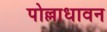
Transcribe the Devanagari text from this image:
पोल्लाधावन